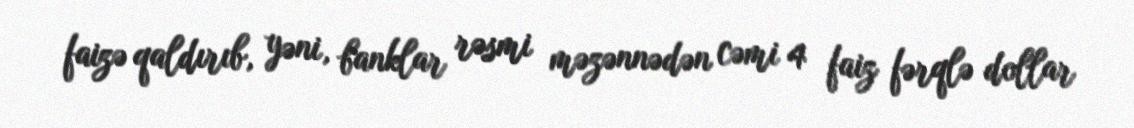
faizə qaldırıb, yəni, banklar rəsmi məzənnədən cəmi 4 faiz fərqlə dollar